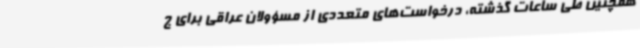
همچنین طی ساعات گذشته، درخواست‌های متعددی از مسؤولان عراقی برای ج